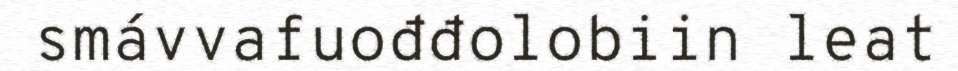
smávvafuođđolobiin leat